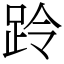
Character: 跉